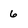
Character: 6